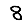
Digit: 8